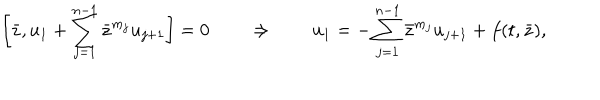
\biggl [ \bar { z } , u _ { 1 } + \sum _ { j = 1 } ^ { n - 1 } \bar { z } ^ { m _ { j } } u _ { j + 1 } \biggr ] = 0 \qquad \Rightarrow \qquad u _ { 1 } = - \sum _ { j = 1 } ^ { n - 1 } \bar { z } ^ { m _ { j } } u _ { j + 1 } + f ( t , \bar { z } ) ,